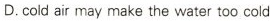
D.cold air may make the water too cold